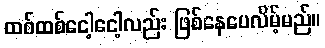
ထစ်ထစ်ငေါ့ငေါ့လည်း ဖြစ်နေပေလိမ့်မည်။